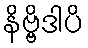
နိဗ္ဗိဒါပိ